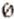
0